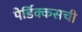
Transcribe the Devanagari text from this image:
पेर्डिक्कसची